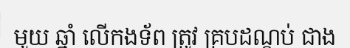
មួយ ឆ្នាំ លើកងទ័ព ត្រូវ គ្របដណ្តប់ ជាង